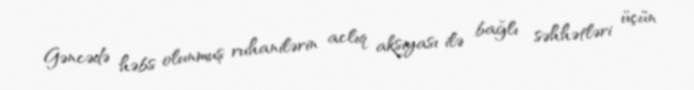
Gəncədə həbs olunmuş ruhanilərin aclıq aksiyası ilə bağlı səhhətləri üçün